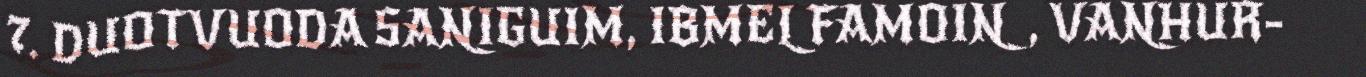
7. DUOTVUODA SANIGUIM, IBMEL FAMOIN, VANHUR-